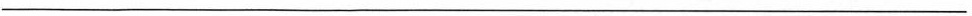
___